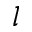
l